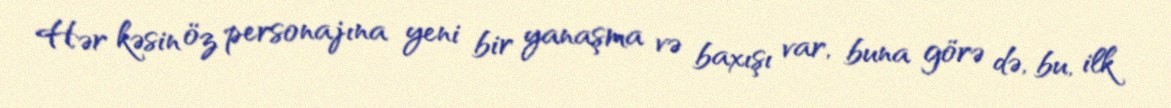
Hər kəsin öz personajına yeni bir yanaşma və baxışı var, buna görə də, bu, ilk